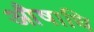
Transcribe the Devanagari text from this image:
औषाधि